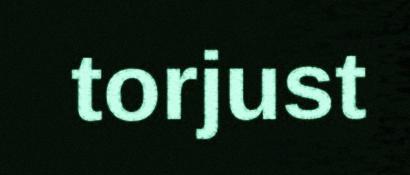
torjust